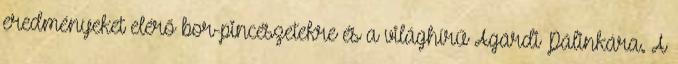
eredményeket elérő bor-pincészetekre és a világhírű Agárdi Pálinkára. A